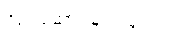
လုပ်ဆောင်ချက်များက